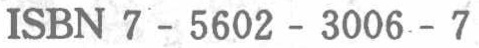
ISBN 7 - 5602 - 3006 - 7